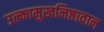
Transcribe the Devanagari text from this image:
उल्कामुखनिष्ठावान